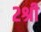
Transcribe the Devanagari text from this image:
२श्री